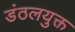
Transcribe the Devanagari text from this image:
डंठलयुक्त